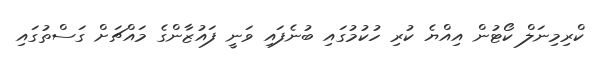
ކްރިމިނަލް ކޯޓުން އިއްޔެ ކުރި ހުކުމުގައި ބުނެފައި ވަނީ ފައުޒާންގެ މައްޗަށް ގަސްތުގައި